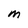
Character: M